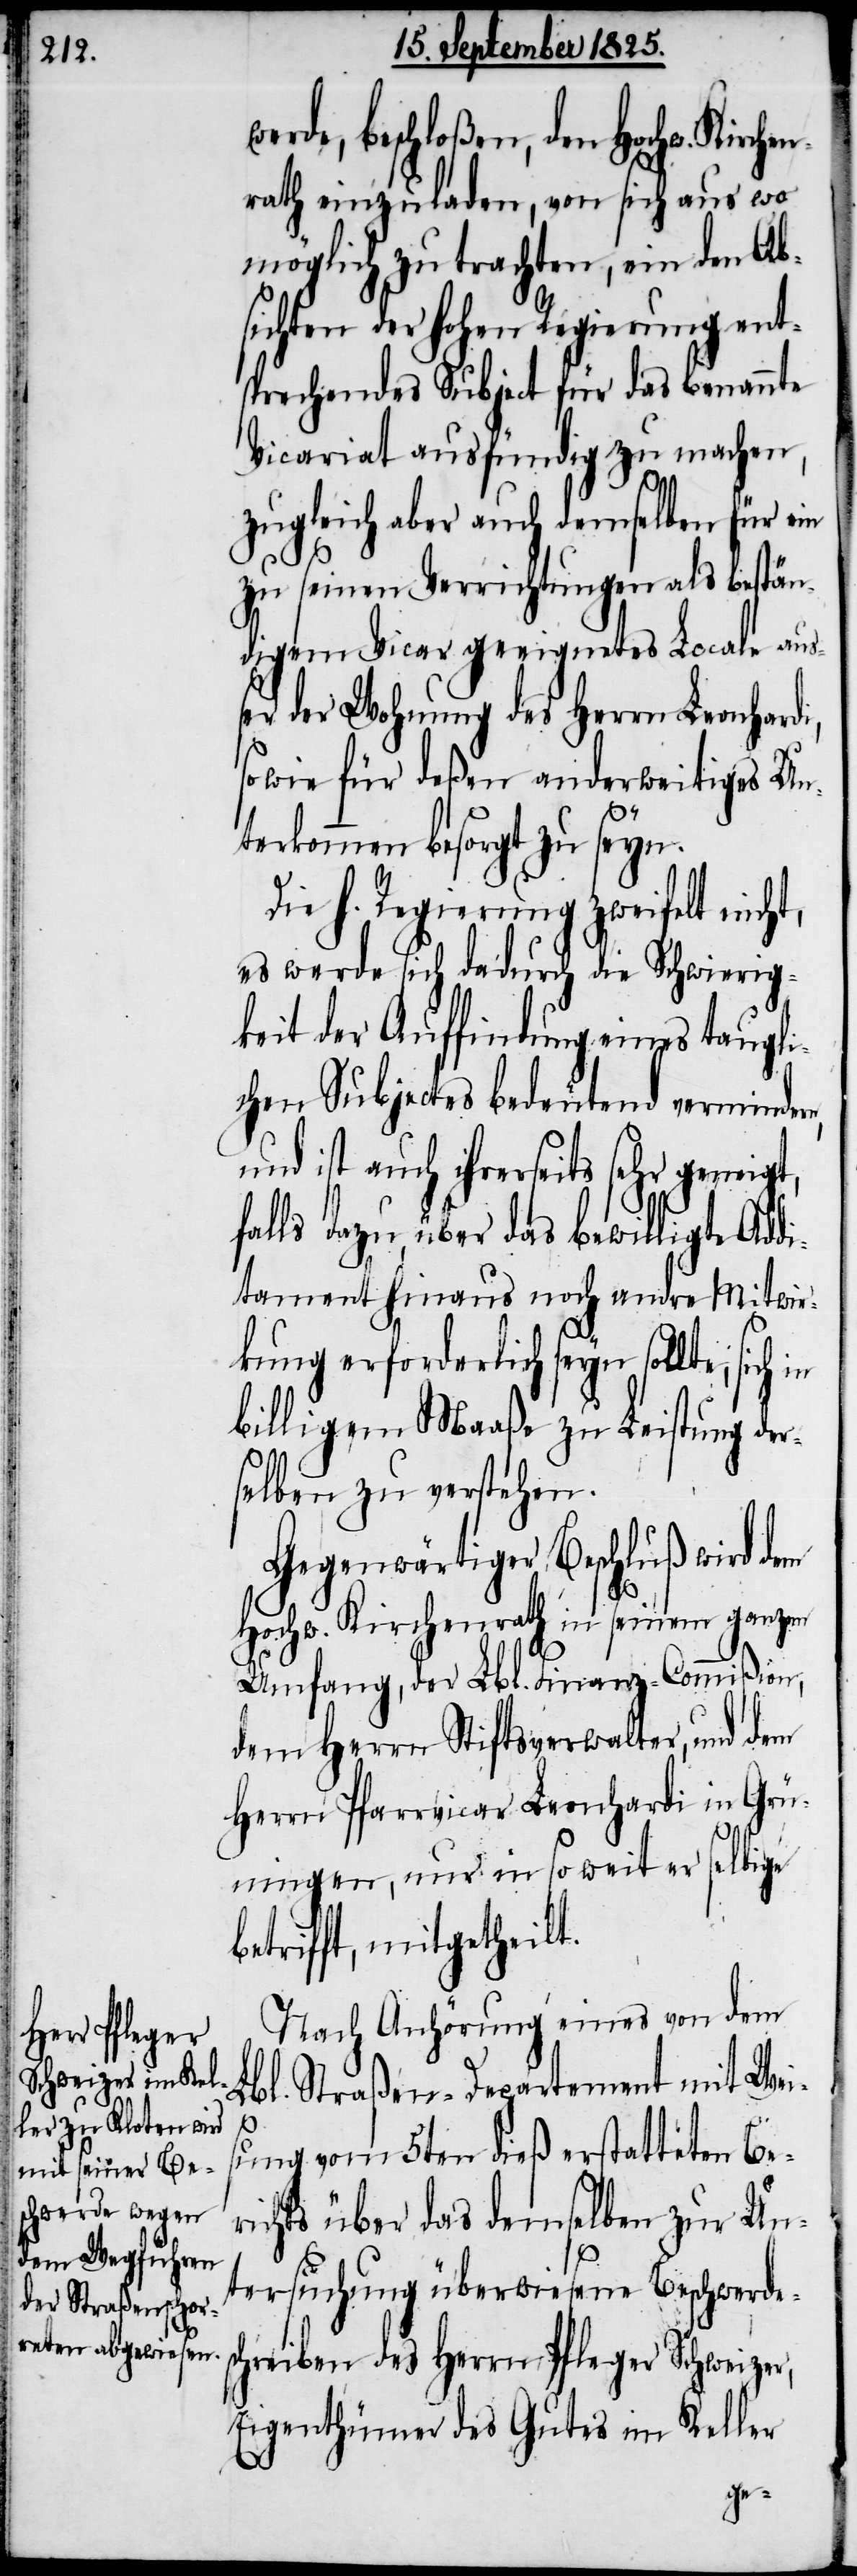
werde, beschloßen, den Hochw. Kirche¬
nrath einzuladen, von sich aus wo¬
möglich zu trachten, ein den Ab¬
sichten der hohen Regierung ent¬
sprechendes Subject für das benannte
Vicariat ausfündig zu machen,
zugleich aber auch demselben für ein
zu seinen Verrichtungen als bestän¬
digen Vicar geeignetes Locale aus¬
ser der Wohnung des Herrn Leonhardi,
sowie für deßen anderweitiges Un¬
terkommen besorgt zu seyn.
Die h. Regierung zweifelt nicht,
es werde sich dadurch die Schwierig¬
keit der Auffindung eines taugli¬
chen Subjectes bedeutend vermindern,
und ist auch ihrerseits sehr geneigt,
falls dazu, über das bewilligte Addi¬
tament hinaus noch andre Mitwir¬
kung erforderlich seyn sollte,
billigem Maaße zur Leistung der¬
selben zu verstehen.
Gegenwärtiger Beschluß wird dem
Hochw. Kirchenrath in seinem ganzen
Umfang, der Lbl. Finanz-Commißion,
dem Herrn Stiftsverwalter, und dem
Herrn Pfarrvicar Leonhardi in Grü¬
ningen, nur in so weit er selbige
betrifft, mitgetheilt.
Nach Anhörung eines von dem
Lbl. Straßen-Departement mit Weis¬
ung vom 5ten dieß erstatteten Be¬
richts über das demselben zur Un¬
tersuchung überwiesene Beschwerdes¬
chreiben des Herrn Pfleger Schweizer,
Eigenthümer des Gutes im Keller